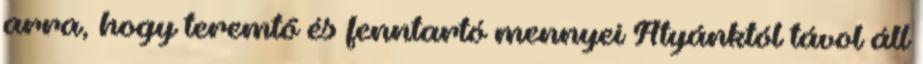
arra, hogy teremtő és fenntartó mennyei Atyánktól távol áll